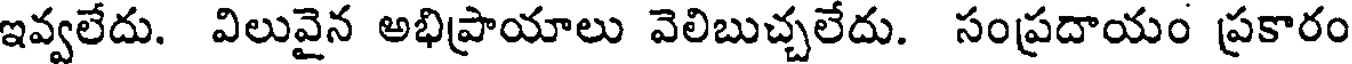
ఇవ్వలేదు. విలువైన అభిప్రాయాలు వెలిబుచ్చలేదు. సంప్రదాయం ప్రకారం